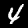
Digit: 4